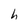
Character: h